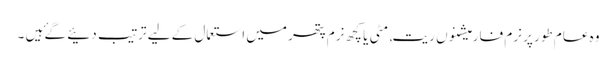
وہ عام طور پر نرم فارمیشنوں ریت, مٹی یا کچھ نرم پتھر میں استعمال کے لیے ترتیب دئیے گۓ ہیں ۔